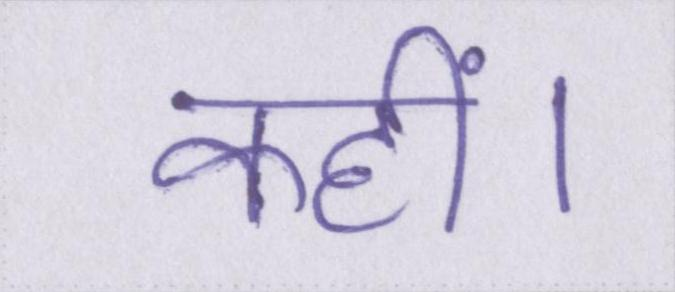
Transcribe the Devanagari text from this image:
कहीं।